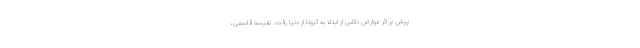
پیش بر اثر عوارض ناشی از ابتلا به کرونا از دنیا رفت. نفیسه قاسمی،